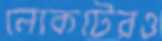
লোকটেরও